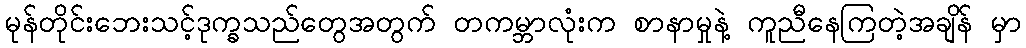
မုန်တိုင်းဘေးသင့်ဒုက္ခသည်တွေအတွက် တကမ္ဘာလုံးက စာနာမှုနဲ့ ကူညီနေကြတဲ့အချိန် မှာ